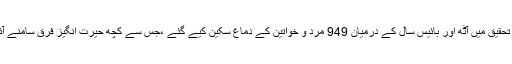
اس تحقیق میں آٹھ اور بائیس سال کے درمیان 949 مرد و خواتین کے دماغ سکین کیے گئے ،جس سے کچھ حیرت انگیز فرق سامنے آئے۔